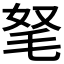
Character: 𣭄